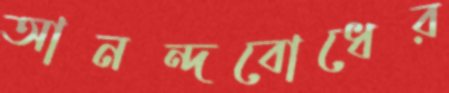
আনন্দবোধের